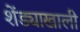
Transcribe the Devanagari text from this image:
शेंड्याखाली